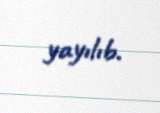
yayılıb.